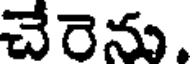
చేరెను.